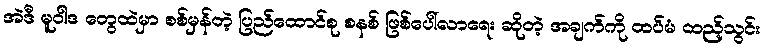
အဲဒီ မူဝါဒ တွေထဲမှာ စစ်မှန်တဲ့ ပြည်ထောင်စု စနစ် ဖြစ်ပေါ်လာရေး ဆိုတဲ့ အချက်ကို ထပ်မံ ထည့်သွင်း